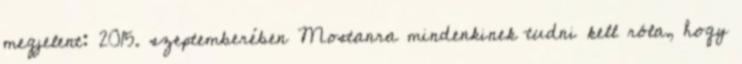
megjelent: 2015. szeptemberében Mostanra mindenkinek tudni kell róla, hogy